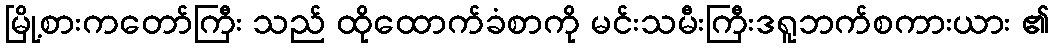
မြို့စားကတော်ကြီး သည် ထိုထောက်ခံစာကို မင်းသမီးကြီးဒရူဘက်စကားယား ၏